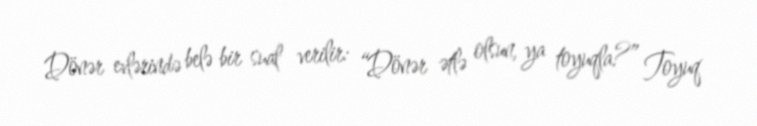
Dönər evlərində belə bir sual verilir: “Dönər ətlə olsun, ya toyuqla?” Toyuq